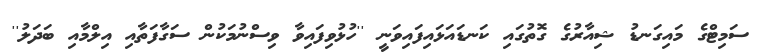
ސަމިޓްގެ މައިގަނޑު ޝިއާރުގެ ގޮތުގައި ކަނޑައަޅައިފައިވަނީ ''ހުޅުވިފައިވާ ވިސްނުމަކުން ސަގާފަތާއި އިލްމާއި ބަދަލު''